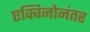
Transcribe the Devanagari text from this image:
एक्विनोनंतर